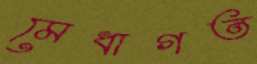
মেধাগত